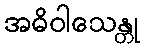
အဓိဝါသေန္တု